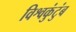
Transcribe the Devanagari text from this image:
विश्वकुंटुंब